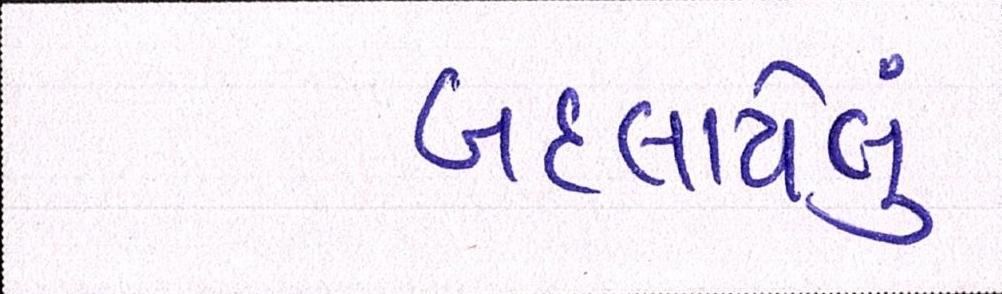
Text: બદલાયેલું